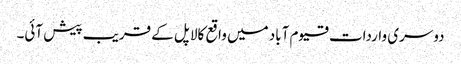
دوسری واردات قیوم آباد میں واقع کالا پل کے قریب پیش آئی۔